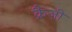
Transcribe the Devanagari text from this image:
क्रैज़ी